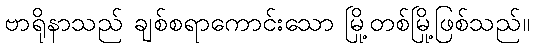
ဗာရိုနာသည် ချစ်စရာကောင်းသော မြို့တစ်မြို့ဖြစ်သည်။